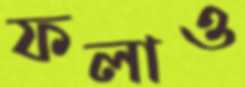
ফলাও